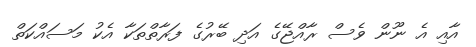
އާއި އެ ނޫން ވެސް ރާއްޖޭގެ އަދި ބޭރުގެ ފަރާތްތަކާ އެކު މަސައްކަތް